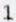
1